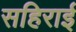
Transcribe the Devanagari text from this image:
सहिराई